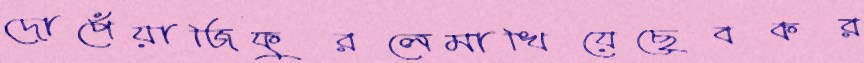
দোপেঁয়াজিফুরলেমাখিয়েছেবকর